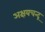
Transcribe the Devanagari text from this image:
अक्षयचन्द्र